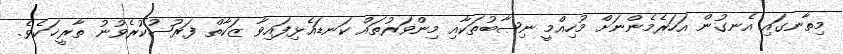
މިތާނގައި އެނގުން އަހަރެމެންނަށް މުހިއްމީ ނިޞާބުތަކާއި މިންވަރުތައް ކަނޑައެޅިފައިވާ ޒަކާތް ފަރުޟުކުރެވުނު ތާރީޚަކެވެ.